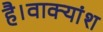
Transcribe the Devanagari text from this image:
है।वाक्यांश